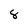
Character: 8